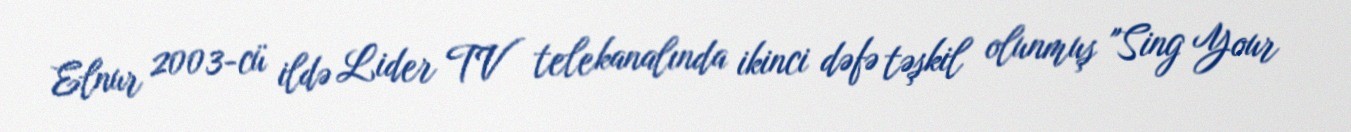
Elnur 2003-cü ildə Lider TV telekanalında ikinci dəfə təşkil olunmuş "Sing Your